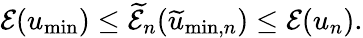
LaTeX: \mathcal{E}(u_{\mathrm{min}})\leq\widetilde{\mathcal{E}}_{n}(\widetilde{u}_{\mathrm{min},n})\leq\mathcal{E}(u_{n}).